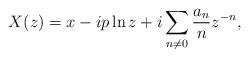
LaTeX: \begin{align*}X(z)=x-ip\ln z+i\sum_{n\neq 0}\frac{a_n}n z^{-n},\end{align*}